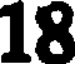
18